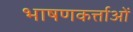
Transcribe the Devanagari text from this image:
भाषणकर्त्ताओं